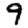
Digit: 9